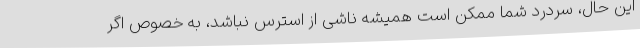
این حال، سردرد شما ممکن است همیشه ناشی از استرس نباشد، به خصوص اگر